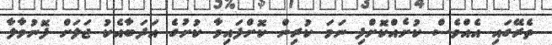
ތެރޭގައި އެއްވެސް ކުށެއްކޮށްފި ނަމަ ކުރިން ކޮށްފައިވާ ކުށުގެ އަދަބާއެކު ޖަލަށް ފޮނުވާލާ